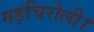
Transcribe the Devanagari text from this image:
गड़चिरोली।